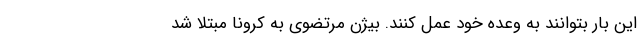
این بار بتوانند به وعده خود عمل کنند. بیژن مرتضوی به کرونا مبتلا شد